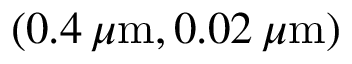
( 0 . 4 \, \mu \mathrm { m } , 0 . 0 2 \, \mu \mathrm { m } )